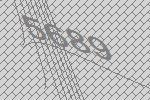
5689